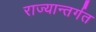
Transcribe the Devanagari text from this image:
राज्यान्तर्गत